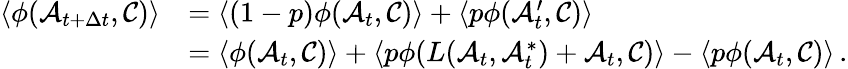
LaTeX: \begin{array}{rl}{\langle\phi(\mathcal{A}_{t+\Delta t},\mathcal{C})\rangle}&{=\langle(1-p)\phi(\mathcal{A}_{t},\mathcal{C})\rangle+\langle p\phi(\mathcal{A}_{t}^{\prime},\mathcal{C})\rangle}\\ &{=\langle\phi(\mathcal{A}_{t},\mathcal{C})\rangle+\langle p\phi(L(\mathcal{A}_{t},\mathcal{A}_{t}^{*})+\mathcal{A}_{t},\mathcal{C})\rangle-\langle p\phi(\mathcal{A}_{t},\mathcal{C})\rangle\, .}\end{array}